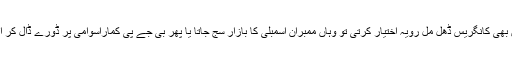
اگر منی پور اور گوا کی طرح یہاں بھی کانگریس ڈھل مل رویہ اختیار کرتی تو وہاں ممبران اسمبلی کا بازار سج جاتا یا پھر بی جے پی کماراسوامی پر ڈورے ڈال کر انہیں اپنے خیمے میں شامل کرلیتی۔